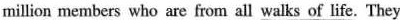
million members who are from all walks of life. They